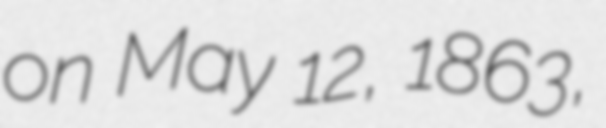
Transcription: on May 12, 1863,